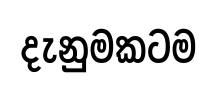
දැනුමකටම